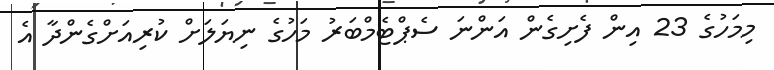
މިމަހުގެ 23 އިން ފެށިގެން އަންނަ ސެޕްޓެމްބަރު މަހުގެ ނިޔަލަށް ކުރިއަށްގެންދާ އެ